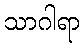
သာဂါရာ